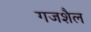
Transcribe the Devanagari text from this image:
गजशैल